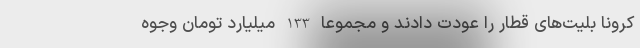
کرونا بلیت‌های قطار را عودت دادند و مجموعا 133 میلیارد تومان وجوه